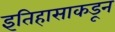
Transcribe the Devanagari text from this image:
इतिहासाकडून